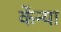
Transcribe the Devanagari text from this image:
केंन्या